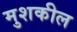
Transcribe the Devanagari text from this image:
मुशकील